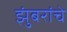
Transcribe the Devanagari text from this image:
झुंबरांचे